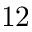
1 2